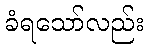
ခံရသော်လည်း